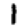
Digit: 1